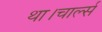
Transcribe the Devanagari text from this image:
था।चार्ल्स